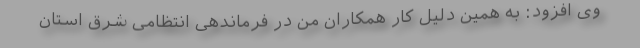
وی افزود: به همین دلیل کار همکاران من در فرماندهی انتظامی شرق استان